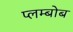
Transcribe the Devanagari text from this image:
प्लम्बोब